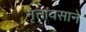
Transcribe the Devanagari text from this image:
नृत्तावसाने